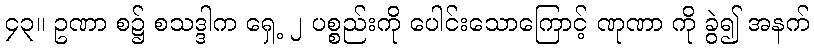
၄၃။ ဥဏာ စ၌ စသဒ္ဒါက ရှေ့ ၂ ပစ္စည်းကို ပေါင်းသောကြောင့် ဏုဏာ ကို ခွဲ၍ အနက်